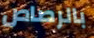
بالرصاص